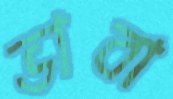
ভাবা